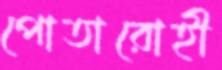
পোতারোহী